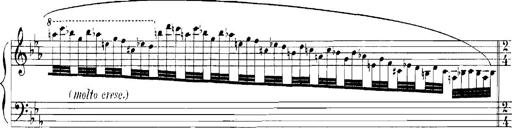
Title: Rhapsodies hongroises
Composer: Franz Liszt